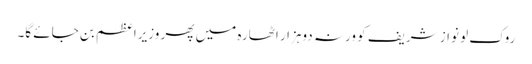
روک لو نواز شریف کو ورنہ دوہزار اٹھارہ میں پھر وزیراعظم بن جائے گا۔